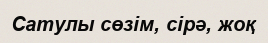
Сатулы сөзім, сірә, жоқ